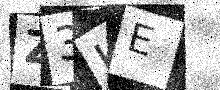
Text: Z3KE